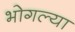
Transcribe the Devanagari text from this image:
भोगल्या